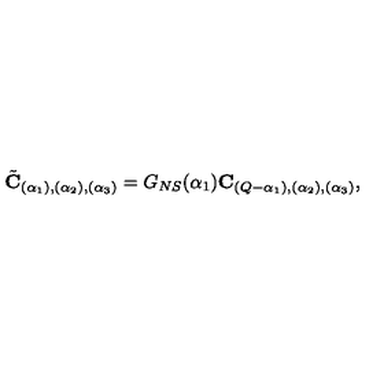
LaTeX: \tilde { { \bf C } } _ { ( \alpha _ { 1 } ) , ( \alpha _ { 2 } ) , ( \alpha _ { 3 } ) } = G _ { N S } ( \alpha _ { 1 } ) { \bf C } _ { ( Q - \alpha _ { 1 } ) , ( \alpha _ { 2 } ) , ( \alpha _ { 3 } ) } ,